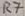
Text: R7